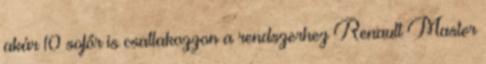
akár 10 sofőr is csatlakozzon a rendszerhez Renault Master